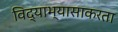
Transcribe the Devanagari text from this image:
विद्याभ्यासाकरता